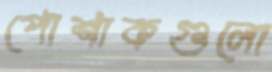
পোশাকগুলো